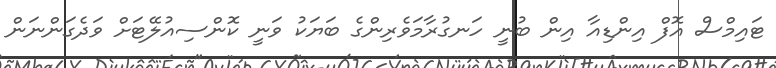
ޓައިމްސް އޮފް އިންޑިއާ އިން ބުނީ ހަނގުރާމަވެރިންގެ ބަޔަކު ވަނީ ކޮންސިއުލޭޓަށް ވަދެގަންނަން